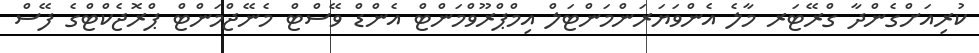
ކުރިއަށްގެންދާ ގްރޭޓަރ މާލެ އެންވަޔަރަންމަންޓަލް އިމްޕްރޫވްމަންޓް އެންޑް ވޭސްޓް މެނޭޖްމަންޓް ޕްރޮޖެކްޓްގެ ފޭސް